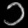
Digit: ၁